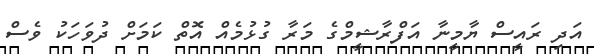
އަދި ރައީސް ޔާމީނާ އަފްރާޝީމްގެ މަރާ ގުޅުމެއް އޮތް ކަމަށް ދުވަހަކު ވެސް